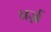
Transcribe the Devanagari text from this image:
चर्ज़